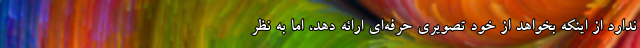
ندارد از اینکه بخواهد از خود تصویری حرفه‌ای ارائه دهد، اما به نظر